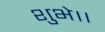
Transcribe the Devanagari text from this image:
शुभे।।